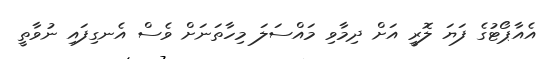
އެއާޕޯޓުގެ ފަޔަ ލޮރީ އަށް ދިމާވި މައްސަލަ މިހާތަނަށް ވެސް އެނގިފައި ނުވާތީ